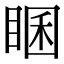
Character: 𥇘